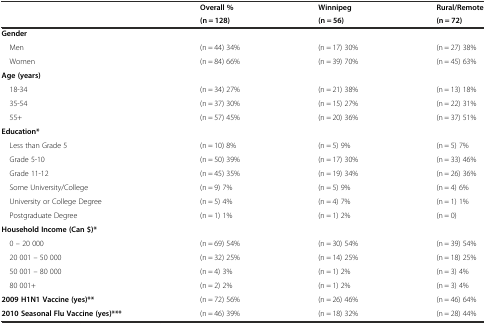
| <ROWSPAN=2>  | Overall % | Winnipeg | Rural/Remote |
 | (n = 128) | (n = 56) | (n = 72) |
 | --- | --- | --- | --- |
 | Gender |  |  |  |
 | Men | (n = 44) 34% | (n = 17) 30% | (n = 27) 38% |
 | Women | (n = 84) 66% | (n = 39) 70% | (n = 45) 63% |
 | Age (years) |  |  |  |
 | 18-34 | (n = 34) 27% | (n = 21) 38% | (n = 13) 18% |
 | 35-54 | (n = 37) 30% | (n = 15) 27% | (n = 22) 31% |
 | 55+ | (n = 57) 45% | (n = 20) 36% | (n = 37) 51% |
 | Education* |  |  |  |
 | Less than Grade 5 | (n = 10) 8% | (n = 5) 9% | (n = 5) 7% |
 | Grade 5-10 | (n = 50) 39% | (n = 17) 30% | (n = 33) 46% |
 | Grade 11-12 | (n = 45) 35% | (n = 19) 34% | (n = 26) 36% |
 | Some University/College | (n = 9) 7% | (n = 5) 9% | (n = 4) 6% |
 | University or College Degree | (n = 5) 4% | (n = 4) 7% | (n = 1) 1% |
 | Postgraduate Degree | (n = 1) 1% | (n = 1) 2% | (n = 0) |
 | Household Income (Can $)* |  |  |  |
 | 0 – 20 000 | (n = 69) 54% | (n = 30) 54% | (n = 39) 54% |
 | 20 001 – 50 000 | (n = 32) 25% | (n = 14) 25% | (n = 18) 25% |
 | 50 001 – 80 000 | (n = 4) 3% | (n = 1) 2% | (n = 3) 4% |
 | 80 001+ | (n = 2) 2% | (n = 1) 2% | (n = 3) 4% |
 | 2009 H1N1 Vaccine (yes)** | (n = 72) 56% | (n = 26) 46% | (n = 46) 64% |
 | 2010 Seasonal Flu Vaccine (yes)*** | (n = 46) 39% | (n = 18) 32% | (n = 28) 44% |